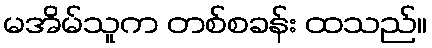
မအိမ်သူက တစ်စခန်း ထသည်။